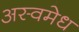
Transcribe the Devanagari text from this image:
अस्वमेध